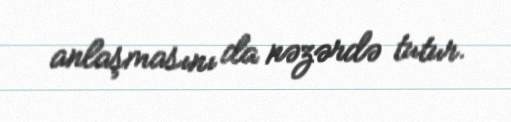
anlaşmasını da nəzərdə tutur.